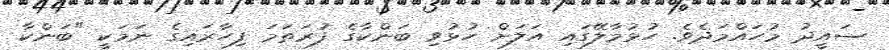
ސައީދު މުހައްމަދެވެ. ހުޅުމާލޭގައި އަލަށް ހުޅުވި ބަންކާގެ ފުރަތަމަ ފިހާރައިގެ ނަމަކީ "ބަންކާ